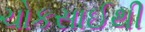
ચોકસાઈથી